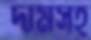
দামসহ